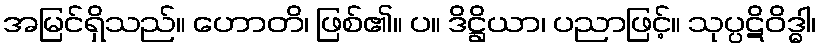
အမြင်ရှိသည်။ ဟောတိ၊ ဖြစ်၏။ ပ။ ဒိဋ္ဌိယာ၊ ပညာဖြင့်။ သုပ္ပဋိဝိဒ္ဓါ၊